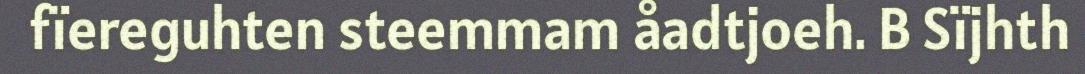
fïereguhten steemmam åadtjoeh. B Sïjhth